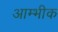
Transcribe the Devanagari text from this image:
आम्भीक